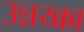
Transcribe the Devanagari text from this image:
उन्नय्क्का